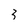
Character: 3